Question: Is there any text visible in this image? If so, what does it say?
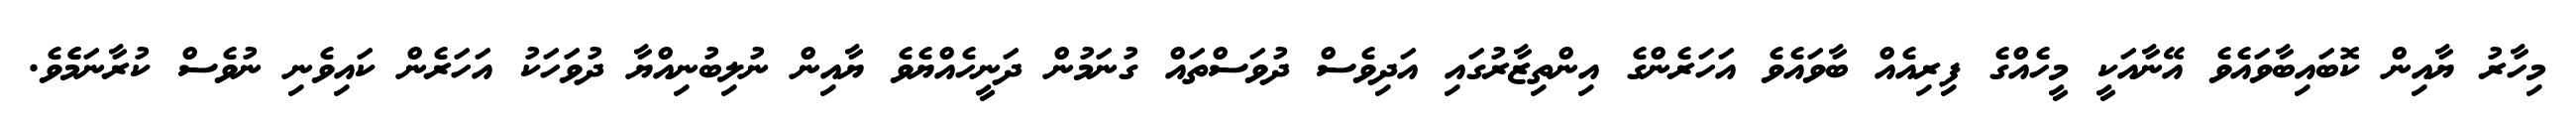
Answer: މިހާރު ޔާއިން ކޮބައިބާވައެވެ އޭނާއަކީ މީހެއްގެ ފިރިއެއް ބާވައެވެ އަހަރެންގެ އިންތިޒާރުގައި އަދިވެސް ދުވަސްތައް ގުނަމުން ދަނީހެއްޔެވެ ޔާއިން ނުލިބުނިއްޔާ ދުވަހަކު އަހަރެން ކައިވެނި ނުވެސް ކުރާނަމެެވެ.